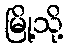
မြို့သို့